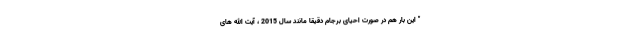
" این بار هم در صورت احیای برجام دقیقا مانند سال 2015 ، آیت الله های